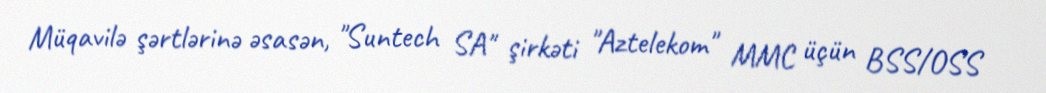
Müqavilə şərtlərinə əsasən, "Suntech SA" şirkəti "Aztelekom" MMC üçün BSS/OSS